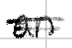
Text: an
Cross-out: mix
Writing tool: digital_black